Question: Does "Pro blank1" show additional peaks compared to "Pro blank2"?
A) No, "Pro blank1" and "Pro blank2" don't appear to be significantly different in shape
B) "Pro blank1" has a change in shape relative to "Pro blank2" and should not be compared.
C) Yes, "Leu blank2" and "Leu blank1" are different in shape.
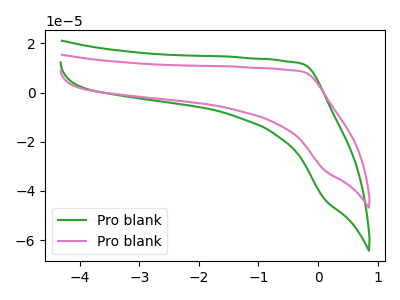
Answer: <think>The green curve "Pro blank1" has no peaks. The pink curve "Pro blank2" has no peaks.
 Neither "Pro blank1" or "Pro blank2" have any peaks.</think>
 <answer>A) No, "Pro blank1" and "Pro blank2" don't appear to be significantly different in shape</answer>
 <eval>A</eval>